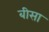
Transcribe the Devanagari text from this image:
बीसा